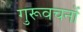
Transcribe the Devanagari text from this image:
गुरूवचनों